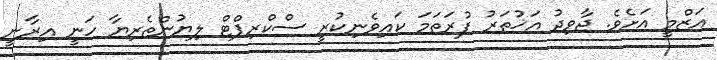
އަޒްމީ އަށެވެ. ޖާވިދު އަޚުތަރު ފުރަތަމަ ކައިވެނިކުރީ ސްކްރިޕްޓް ލިޔުންތެރިޔާ ހަނީ އިރާނީ